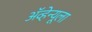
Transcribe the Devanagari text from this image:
ॲव्हेन्यूला